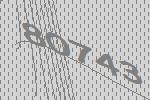
80743